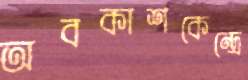
অবকাশকেন্দ্রে